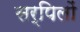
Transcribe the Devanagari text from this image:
सर्पिलों